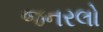
જનરલો